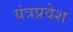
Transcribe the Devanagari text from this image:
यंत्रप्रवेश